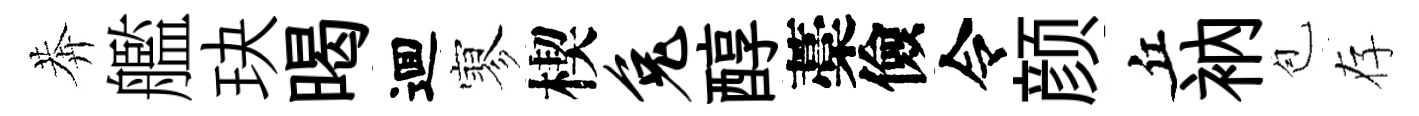
莾艦玦暍逥寥楔兔醇藁儉令颜丘衲苞存